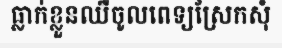
ធ្លាក់ខ្លួនឈឺចូលពេទ្យស្រែកសុំ